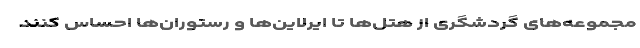
مجموعه‌های گردشگری از هتل‌ها تا ایرلاین‌ها و رستوران‌ها احساس کنند